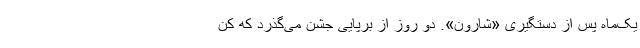
یک‌‌ماه پس از دستگیری «شارون». دو روز از برپایی جشن می‌گذرد که کن